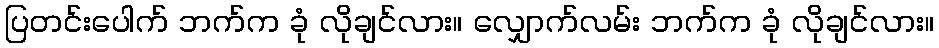
ပြတင်းပေါက် ဘက်က ခုံ လိုချင်လား။ လျှောက်လမ်း ဘက်က ခုံ လိုချင်လား။